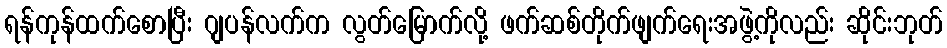
ရန်ကုန်ထက်စောပြီး ဂျပန်လက်က လွတ်မြောက်လို့ ဖက်ဆစ်တိုက်ဖျက်ရေးအဖွဲ့ကိုလည်း ဆိုင်းဘုတ်